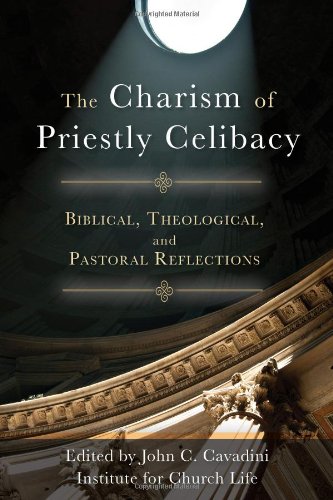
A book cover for The Charism of Priestly Celibacy: Biblical, Theological, and Pastoral Reflections; Institute for Church Life; Christian Books & Bibles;